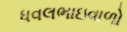
ધવલભાઇવાળો